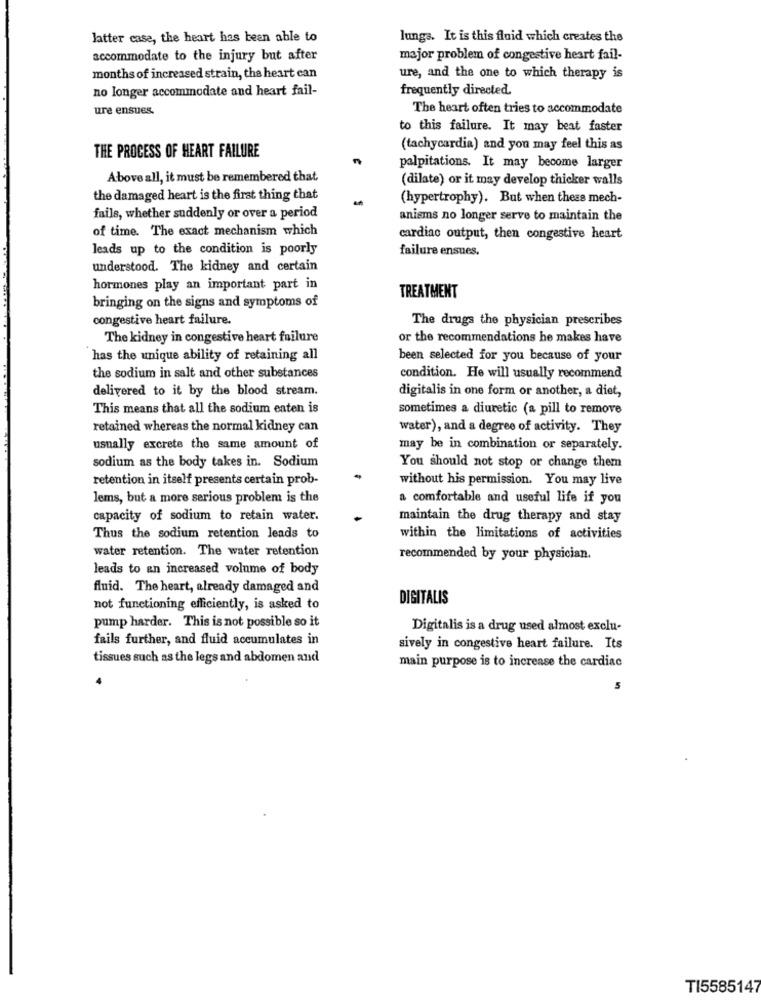
latter case, the heart has been able to
lungs. It is this fluid which creates the
accommodate to the injury but after
major problem of congestive heart fail-
months of increased strain, the heart can
ure, and the one to which therapy is
no longer accommodate and heart fail-
frequently directed.
ure ensues.
The heart often tries to accommodate
to this failure. It may beat faster
(tachycardia) and you may feel this as
THE PROCESS OF HEART FAILURE
palpitations. It may become larger
Above all, it must be remembered that
(dilate) or it may develop thicker walls
the damaged heart is the first thing that
-
(hypertrophy). But when thess mech-
fails, whether suddenly or over a period
anisms no longer serve to maintain the
of time. The exact mechanism which
cardiac output, then congestive heart
leads up to the condition is poorly
failure ensues.
understood. The kidney and certain
hormones play an important part in
TREATMENT
bringing on the signs and symptoms of
congestive heart failure.
The drugs the physician prescribes
The kidney in congestive heart failure
or the recommendations he makes have
has the unique ability of retaining all
been selected for you because of your
the sodium in salt and other substances
condition. He will usually recommend
delivered to it by the blood stream.
digitalis in one form or another, a diet,
This means that all the sodium eaten is
sometimes a diuretic (a pill to remove
retained whereas the normal kidney can
water), and a degree of activity. They
usually excrete the same amount of
may be in combination or separately.
sodium as the body takes in. Sodium
You should not stop or change them
retention in itself presents certain prob-
without his permission. You may live
lems, but a more serious problem is the
a comfortable and useful life if you
capacity of sodium to retain water.
maintain the drug therapy and stay
Thus the sodium retention leads to
within the limitations of activities
water retention. The water retention
recommended by your physician.
leads to an increased volume of body
fluid. The heart, already damaged and
DIGITALIS
not functioning efficiently, is asked to
pump harder. This is not possible so it
Digitalis is a drug used almost exclu-
fails further, and fluid accumulates in
sively in congestive heart failure. Its
tissues such as the legs and abdomen and
main purpose is to increase the cardiac
5
TI5585147